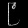
Digit: ၉